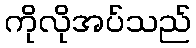
ကိုလိုအပ်သည်